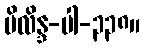
မိလိန္ဒ-ပါ-၃၃၈။